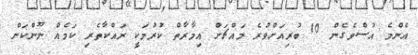
އެންމެ އުސްވެގެން 10 ބުރިއަށްވުރެ މައްޗަށް އިމާރާތް ކުރުމަކީ ރައްކާތެރި ކަމެއް ނޫންކަން